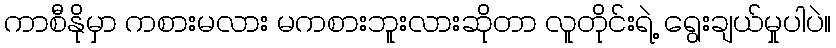
ကာစီနိုမှာ ကစားမလား မကစားဘူးလားဆိုတာ လူတိုင်းရဲ့ ရွေးချယ်မှုပါပဲ။